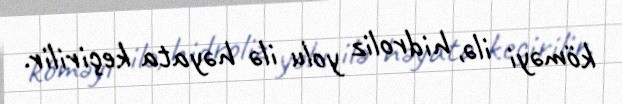
köməyi ilə, hidroliz yolu ilə həyata keçirilir.